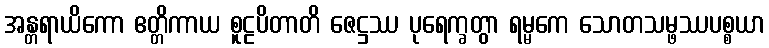
အန္တရာယိကော ဧတ္တိကာယ စူဠပိတာတိ ဇေဋ္ဌဿ ပုရေက္ခတွာ ရမ္မကေ သောတသမ္ဖဿပစ္စယာ